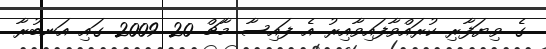
ގެ ވިޔަފާރި ކުރައްވާފައިވާއިރު އެ ފައިސާ މާޗް 20 2009 ގައި އަނބުރާ